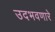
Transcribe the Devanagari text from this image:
उदभवणारे